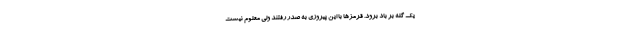
یک گله بر باد برود. قرمزها با این پیروزی به صدر رفتند ولی معلوم نیست